Subject: stat
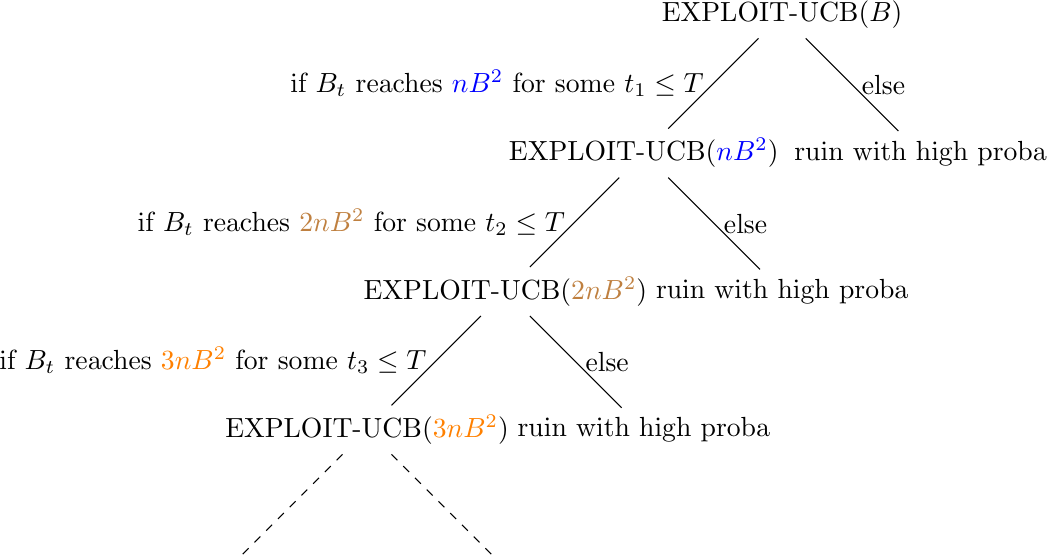
LaTeX code:
\begin{tikzpicture}
[sibling distance=10em,level distance=5em]
\node {EXPLOIT-UCB$(B)$}
    child {
        node {EXPLOIT-UCB$(\textcolor{blue}{nB^2})$}
        child {
            node {EXPLOIT-UCB$(\textcolor{brown}{2nB^2})$}
            child {
                node {EXPLOIT-UCB$(\textcolor{orange}{3nB^2})$}
                child {
                    node {}
                    edge from parent [dashed]}
                child {
                    node {}
                    edge from parent [dashed]}
                edge from parent node [left] {if $B_t$ reaches $\textcolor{orange}{3nB^2}$ for some $t_3\leq T$}}
            child {
                node {ruin with high proba}
                edge from parent node [right] {else}}
            edge from parent node [left] {if $B_t$ reaches $\textcolor{brown}{2nB^2}$ for some $t_2\leq T$}}
        child {
            node {ruin with high proba}
            edge from parent node [right] {else}}
        edge from parent node [left] {if $B_t$ reaches $\textcolor{blue}{nB^2}$ for some $t_1\leq T$}}
    child {
        node {ruin with high proba}
        edge from parent node [right] {else}};
\end{tikzpicture}